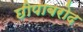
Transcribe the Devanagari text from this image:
छीपाबरोद